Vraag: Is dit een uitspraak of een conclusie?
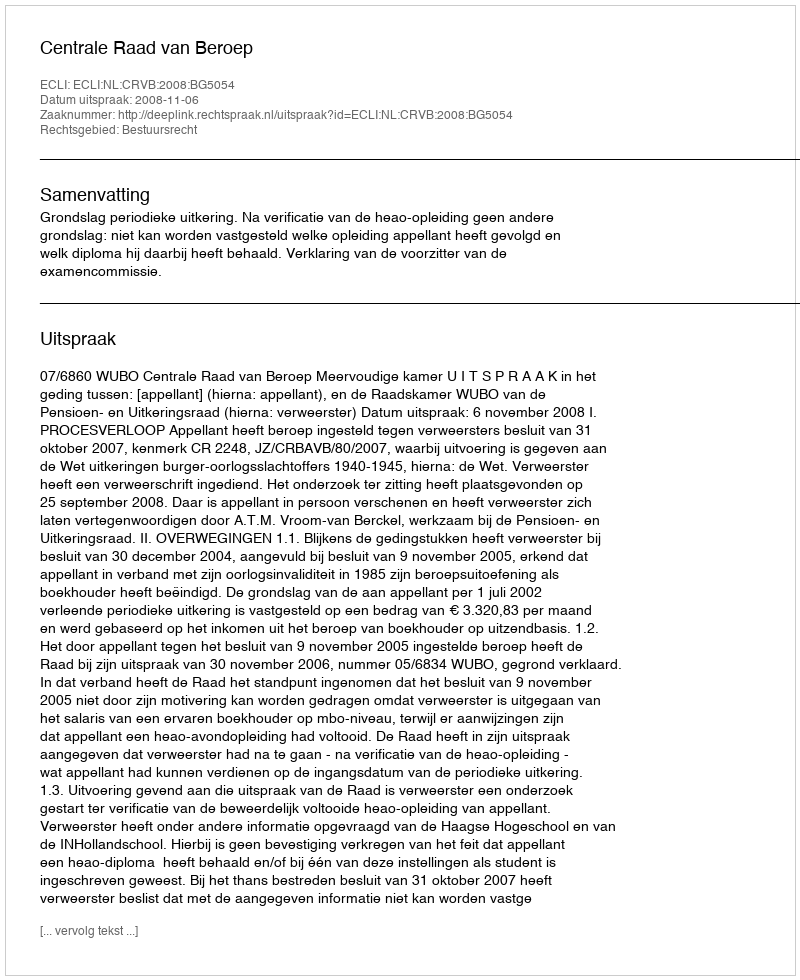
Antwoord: Uitspraak